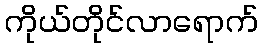
ကိုယ်တိုင်လာရောက်